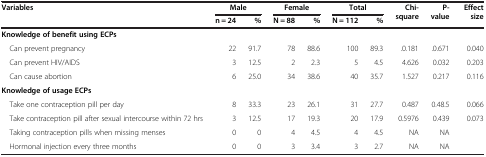
| Variables | <COLSPAN=2> Male | <COLSPAN=2> Female | <COLSPAN=2> Total | Chi-square | P-value | Effect size |
 |  | n = 24 | % | N = 88 | % | N = 112 | % |  |  |  |
 | --- | --- | --- | --- | --- | --- | --- | --- | --- | --- |
 | <COLSPAN=9> Knowledge of benefit using ECPs |  |
 | Can prevent pregnancy | 22 | 91.7 | 78 | 88.6 | 100 | 89.3 | .0.181 | .0.671 | 0.040 |
 | Can prevent HIV/AIDS | 3 | 12.5 | 2 | 2.3 | 5 | 4.5 | 4.626 | 0.032 | 0.203 |
 | Can cause abortion | 6 | 25.0 | 34 | 38.6 | 40 | 35.7 | 1.527 | 0.217 | 0.116 |
 | <COLSPAN=9> Knowledge of usage ECPs |  |
 | Take one contraception pill per day | 8 | 33.3 | 23 | 26.1 | 31 | 27.7 | 0.487 | 0.48.5 | 0.066 |
 | Take contraception pill after sexual intercourse within 72 hrs | 3 | 12.5 | 17 | 19.3 | 20 | 17.9 | 0.5976 | 0.439 | 0.073 |
 | Taking contraception pills when missing menses | 0 | 0 | 4 | 4.5 | 4 | 4.5 | NA | NA |  |
 | Hormonal injection every three months | 0 | 0 | 3 | 3.4 | 3 | 2.7 | NA | NA |  |